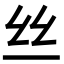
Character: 丝